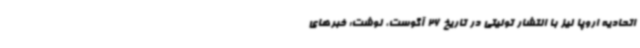
اتحادیه اروپا نیز با انتشار توئیتی در تاریخ 26 آگوست، نوشت: خبرهای